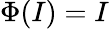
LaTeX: \Phi(I)=I